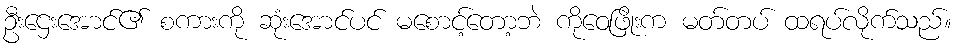
ဦးဌေးအောင်၏ စကားကို ဆုံးအောင်ပင် မစောင့်တော့ဘဲ ကိုဝေဖြိုးက မတ်တပ် ထရပ်လိုက်သည်။